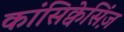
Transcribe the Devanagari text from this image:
कांसिक्वेसिंज़